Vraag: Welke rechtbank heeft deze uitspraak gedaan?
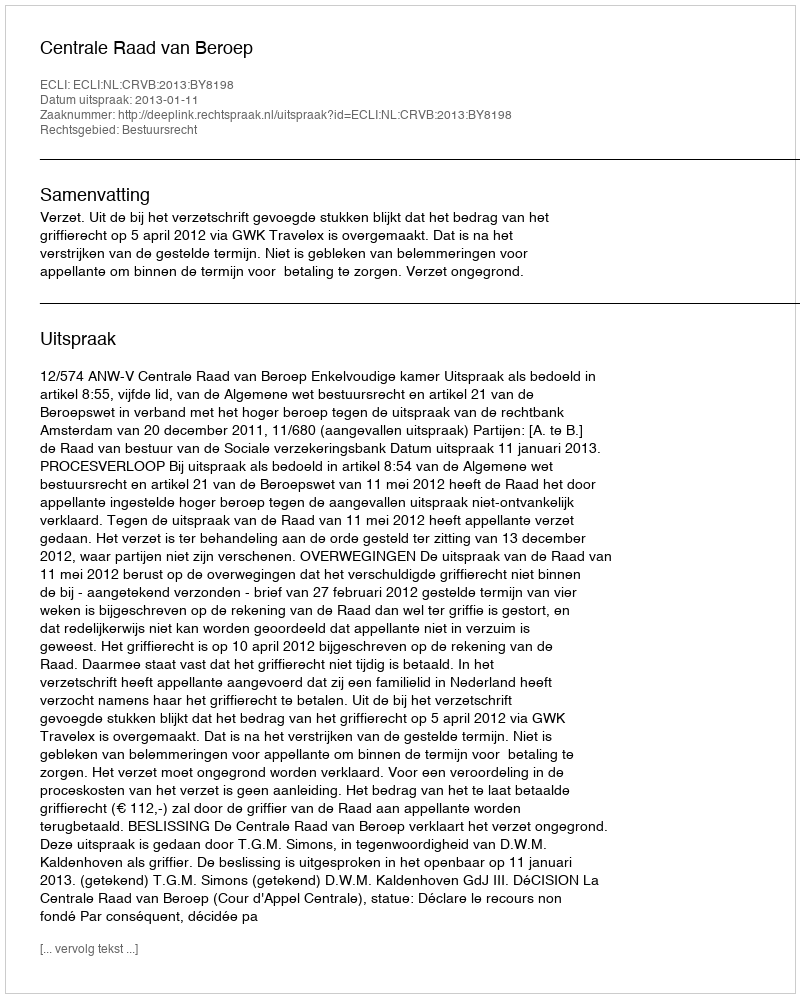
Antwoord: Centrale Raad van Beroep